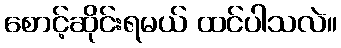
စောင့်ဆိုင်းရမယ် ထင်ပါသလဲ။